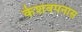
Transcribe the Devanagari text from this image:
केशवपनास